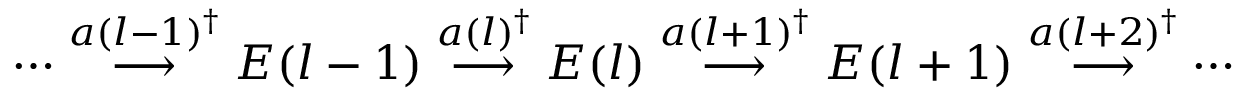
\cdots \stackrel { a ( l - 1 ) ^ { \dagger } } { \longrightarrow } { \cal E } ( l - 1 ) \stackrel { a ( l ) ^ { \dagger } } { \longrightarrow } { \cal E } ( l ) \stackrel { a ( l + 1 ) ^ { \dagger } } { \longrightarrow } { \cal E } ( l + 1 ) \stackrel { a ( l + 2 ) ^ { \dagger } } { \longrightarrow } \cdots